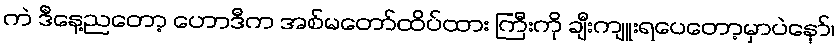
ကဲ ဒီနေ့ညတော့ ဟောဒီက အစ်မတော်ထိပ်ထား ကြီးကို ချီးကျူးရပေတော့မှာပဲနော်၊